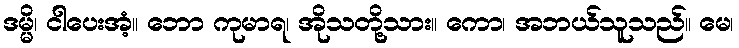
ဒမ္မိ၊ ငါပေးအံ့။ ဘော ကုမာရ၊ အိုသတို့သား။ ကော၊ အဘယ်သူသည်။ မေ၊